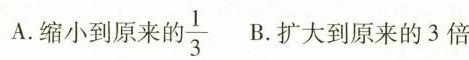
A.缩小到原来\frac{1}{3} B.扩大到原来的3倍